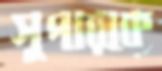
সুপারকে